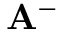
\mathbf { A } ^ { - }